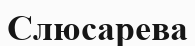
Слюсарева